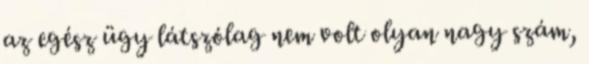
az egész ügy látszólag nem volt olyan nagy szám,